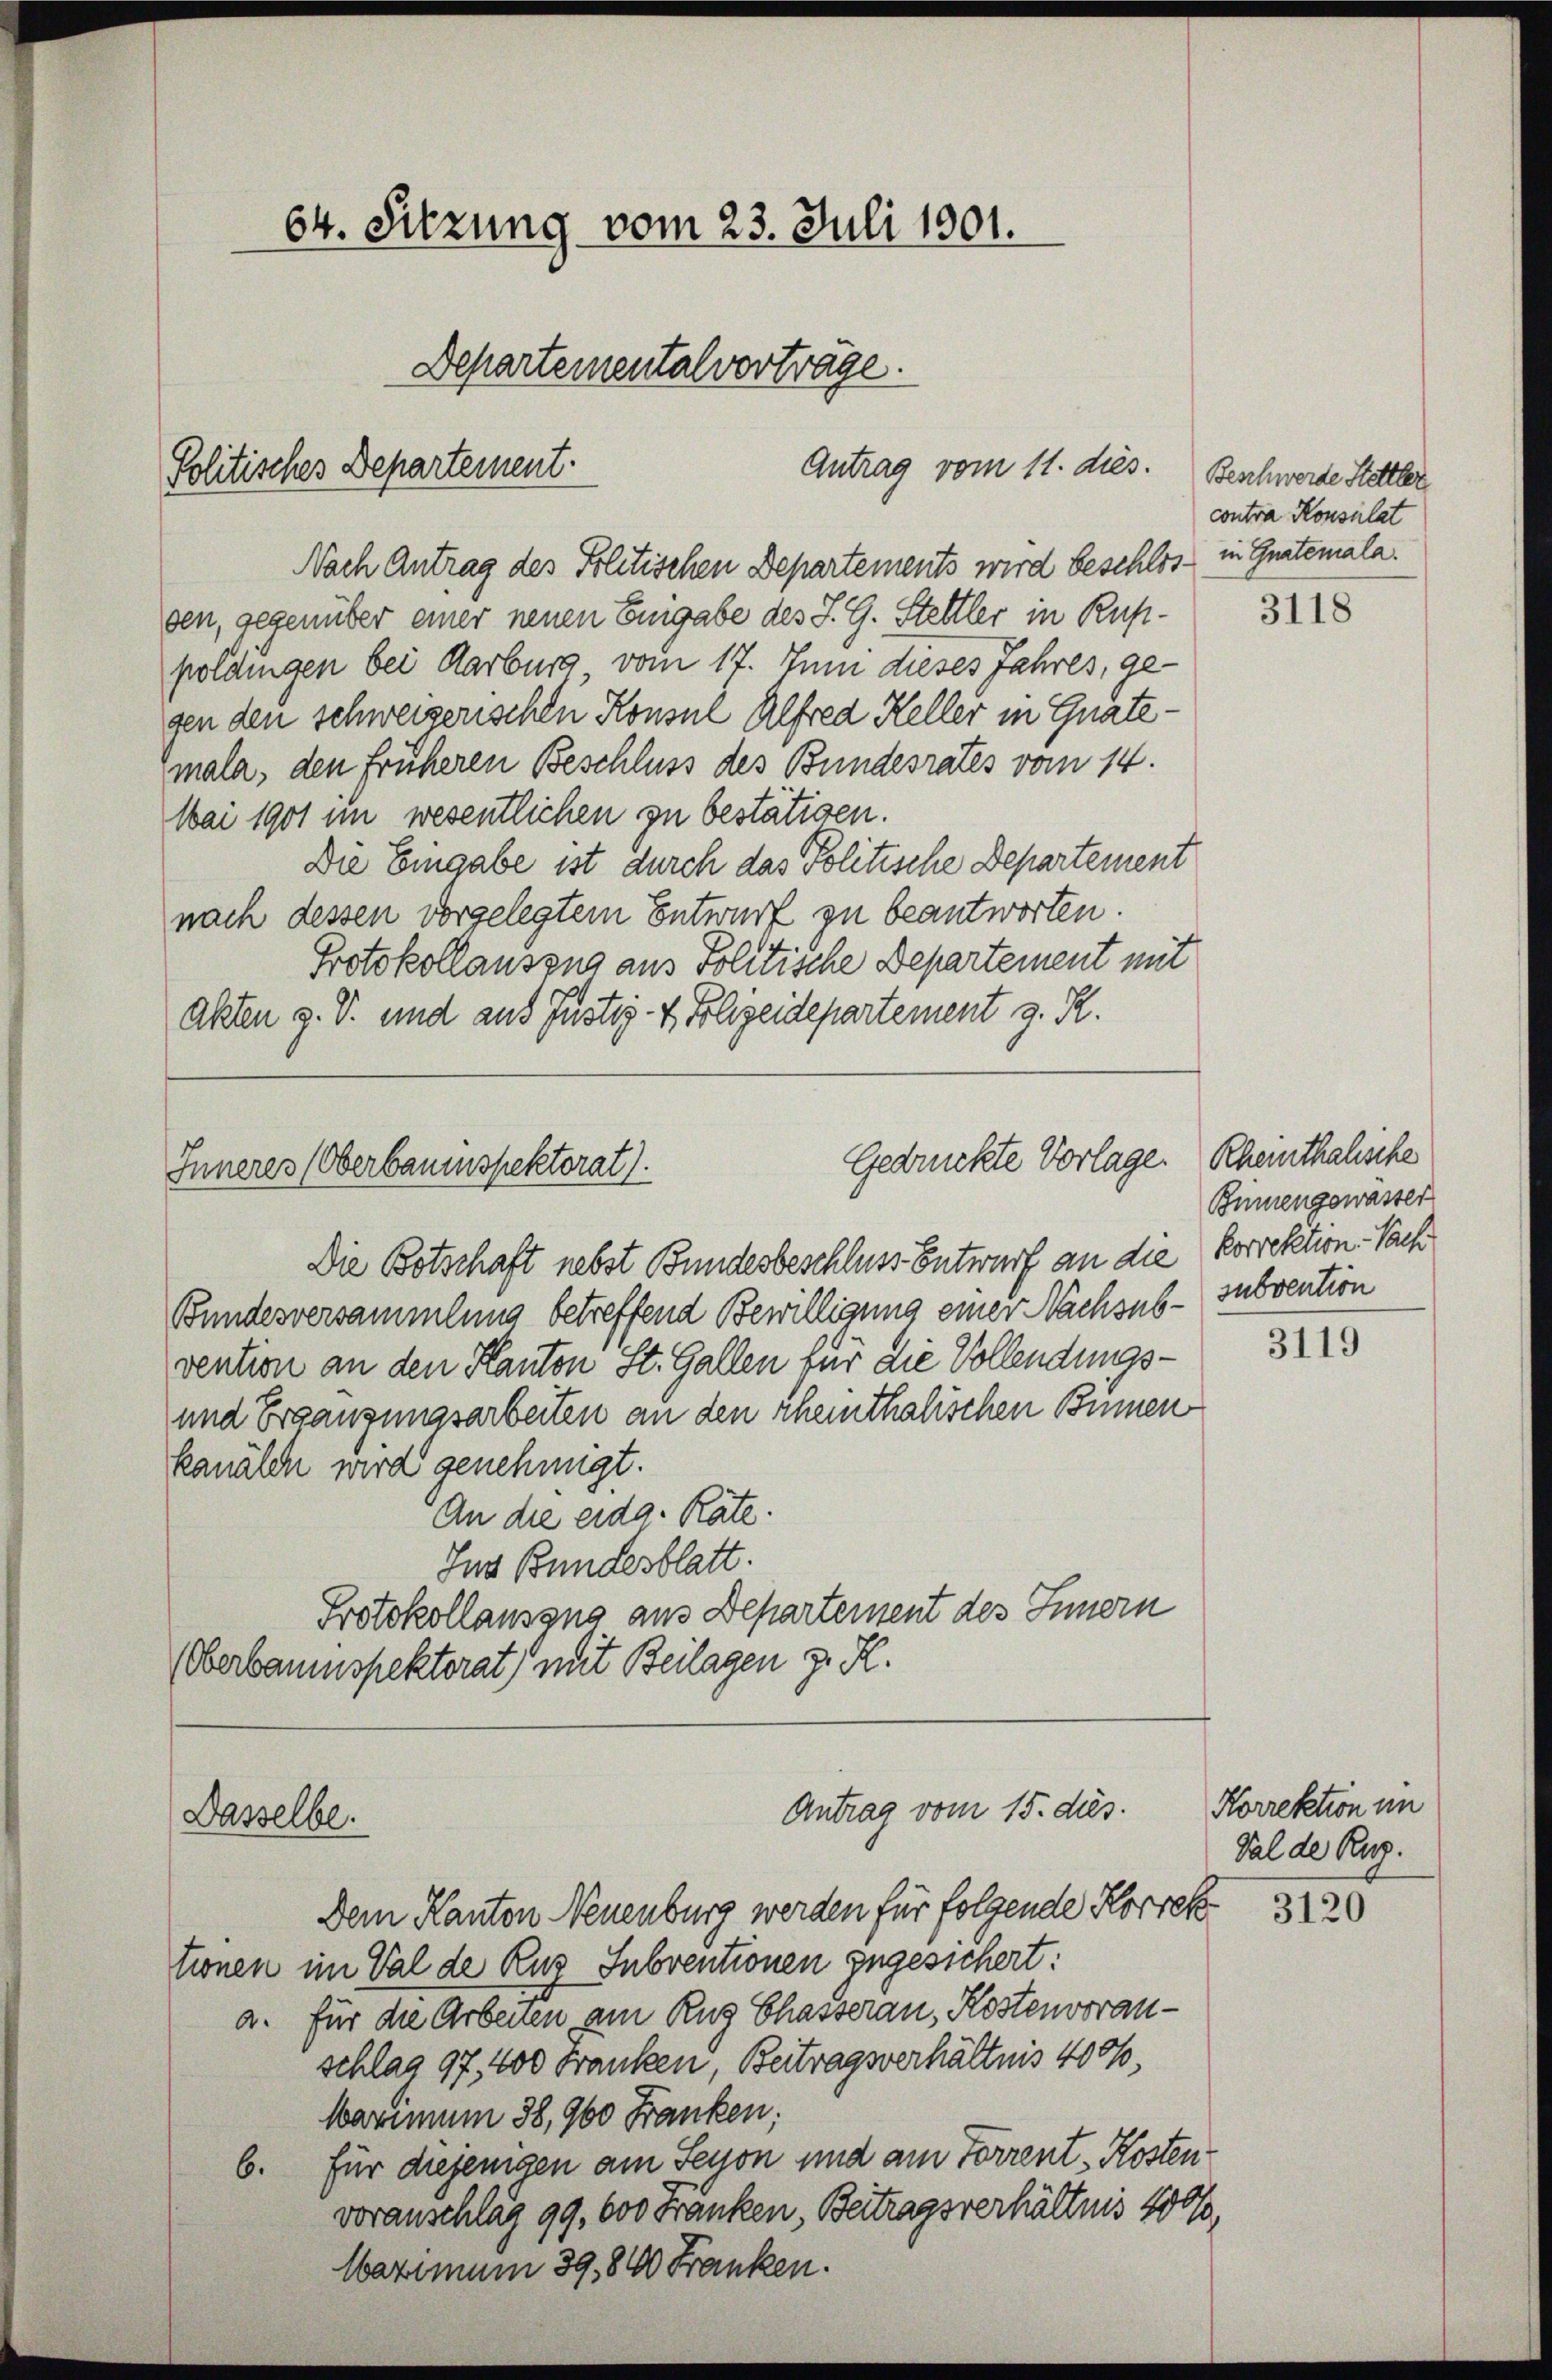
64. Sitzung vom 23. Juli 1901.
Departementalvorträge.
Antrag vom 11. dies
Politisches Departement.

Nach Antrag des Politischen Departements wird beschlos in Gnatemala
gen, gegenüber einer neuen Eingabe des J. G. Stelller in Ruppoldingen bei Aarburg vom 17. Juni dieses Jahres, ge-
gen den schweizerischen Konsul Alfred Keller in Guatemala, den früheren Beschluss des Bundesrates vom 14.
Mai 1901 im wesentlichen zu bestätigen.
Die Eingabe ist durch das Politische Departement
nach dessen vorgelegtem Entwurf zu beantworten.
Protokollauszug aus Politische Departement mit
akten z. V. und aus Justiz- & Polizeidepartement z. R.

Gedrückte Vorlage.
Inneres (Oberbauinspektorat.

Dasselbe.

Antrag vom 15. dies

Die Botschaft nebst Bundesbeschluss Entwurf an die Korrektion. Nach
Bundesversammlung betreffend Bewilligung einer Nachsub-subvention
vention an den Kanton St. Gallen für die Vollendungs¬
und Ergänzungsarbeiten an den scheinthalischen Binnen
kanälen wird genehmigt.
An die eidg. Rate.
Ins Bundesblatt.
Protokollausang aus Departement des Innern
Oberbaumspektorat) mit Beilagen z. R.

Dem Kanton Neuenburg werden für folgende Korrek
tionen im Val de Rug Subventionen zugesichert:
a. Für die Arbeiten am Zug Chasseran, Klostenvoranschlag 97, 400 Franken, Beitragsverhältnis 4000.
Warum 38, 960 Franken;
6. Für diejenigen am Senon und am Forrent - Kostenvoranschläg 99, 600 Fränken, Beitragsverhältnis 100%,
Waximum 39,800 Franken.

Beschwerde Stettler
contra Konsulat

3118

Rheinthalische
Binnengewässer

3119

Korrektion im
Val de Rug.

3120